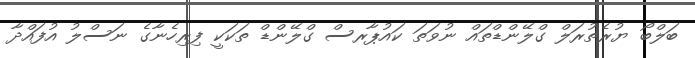
ބަލްބޯ ޔުރެތުރަލް ގްލޭންޑްތައް ނުވަތަ ކައުޕާރސް ގްލޭންޑް ތަކަކީ ފިރިހެނާގެ ނަސްލު އުފައްދާ